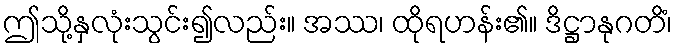
ဤသို့နှလုံးသွင်း၍လည်း။ အဿ၊ ထိုရဟန်း၏။ ဒိဋ္ဌာနုဂတိံ၊